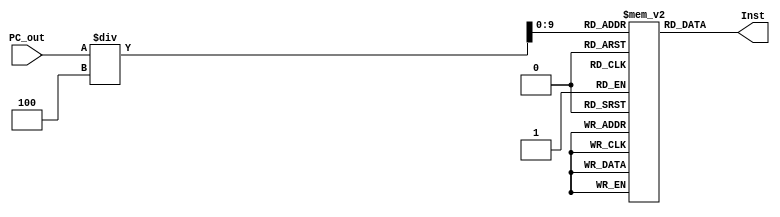
`timescale 1ns / 1ps
//////////////////////////////////////////////////////////////////////////////////
// Company: 
// Engineer: 
// 
// Design Name: 
// Module Name: InstMemory
// Project Name: 
// Target Devices: 
// Tool Versions: 
// Description: 
// 
// Dependencies: 
// 
// Revision:
// Revision 0.01 - File Created
// Additional Comments:
// 
//////////////////////////////////////////////////////////////////////////////////


module InstMemory(
    input [31:0] PC_out,
    output reg [31:0] Inst
    );
    
    reg [31:0] instfile[0:1023];
    always @(PC_out)
        Inst = instfile[PC_out/4];

endmodule